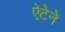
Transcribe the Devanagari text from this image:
ऐटेने